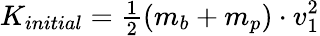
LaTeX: K_{initial}={\begin{array}{l}{{\frac{1}{2}}}\end{array}}(m_{b}+m_{p})\cdot v_{1}^{2}